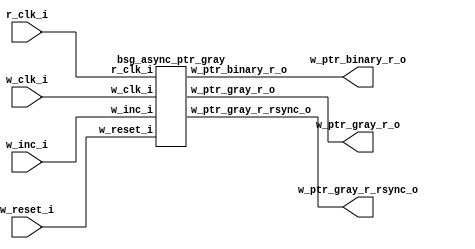
// This program was cloned from: https://github.com/chipsalliance/UHDM-integration-tests
// License: Apache License 2.0



module top
(
  w_clk_i,
  w_reset_i,
  w_inc_i,
  r_clk_i,
  w_ptr_binary_r_o,
  w_ptr_gray_r_o,
  w_ptr_gray_r_rsync_o
);

  output [4:0] w_ptr_binary_r_o;
  output [4:0] w_ptr_gray_r_o;
  output [4:0] w_ptr_gray_r_rsync_o;
  input w_clk_i;
  input w_reset_i;
  input w_inc_i;
  input r_clk_i;

  bsg_async_ptr_gray
  wrapper
  (
    .w_ptr_binary_r_o(w_ptr_binary_r_o),
    .w_ptr_gray_r_o(w_ptr_gray_r_o),
    .w_ptr_gray_r_rsync_o(w_ptr_gray_r_rsync_o),
    .w_clk_i(w_clk_i),
    .w_reset_i(w_reset_i),
    .w_inc_i(w_inc_i),
    .r_clk_i(r_clk_i)
  );


endmodule



module bsg_launch_sync_sync_posedge_5_unit
(
  iclk_i,
  iclk_reset_i,
  oclk_i,
  iclk_data_i,
  iclk_data_o,
  oclk_data_o
);

  input [4:0] iclk_data_i;
  output [4:0] iclk_data_o;
  output [4:0] oclk_data_o;
  input iclk_i;
  input iclk_reset_i;
  input oclk_i;
  wire [4:0] iclk_data_o,oclk_data_o,bsg_SYNC_1_r;
  reg iclk_data_o_4_sv2v_reg,iclk_data_o_3_sv2v_reg,iclk_data_o_2_sv2v_reg,
  iclk_data_o_1_sv2v_reg,iclk_data_o_0_sv2v_reg,bsg_SYNC_1_r_4_sv2v_reg,
  bsg_SYNC_1_r_3_sv2v_reg,bsg_SYNC_1_r_2_sv2v_reg,bsg_SYNC_1_r_1_sv2v_reg,bsg_SYNC_1_r_0_sv2v_reg,
  oclk_data_o_4_sv2v_reg,oclk_data_o_3_sv2v_reg,oclk_data_o_2_sv2v_reg,
  oclk_data_o_1_sv2v_reg,oclk_data_o_0_sv2v_reg;
  assign iclk_data_o[4] = iclk_data_o_4_sv2v_reg;
  assign iclk_data_o[3] = iclk_data_o_3_sv2v_reg;
  assign iclk_data_o[2] = iclk_data_o_2_sv2v_reg;
  assign iclk_data_o[1] = iclk_data_o_1_sv2v_reg;
  assign iclk_data_o[0] = iclk_data_o_0_sv2v_reg;
  assign bsg_SYNC_1_r[4] = bsg_SYNC_1_r_4_sv2v_reg;
  assign bsg_SYNC_1_r[3] = bsg_SYNC_1_r_3_sv2v_reg;
  assign bsg_SYNC_1_r[2] = bsg_SYNC_1_r_2_sv2v_reg;
  assign bsg_SYNC_1_r[1] = bsg_SYNC_1_r_1_sv2v_reg;
  assign bsg_SYNC_1_r[0] = bsg_SYNC_1_r_0_sv2v_reg;
  assign oclk_data_o[4] = oclk_data_o_4_sv2v_reg;
  assign oclk_data_o[3] = oclk_data_o_3_sv2v_reg;
  assign oclk_data_o[2] = oclk_data_o_2_sv2v_reg;
  assign oclk_data_o[1] = oclk_data_o_1_sv2v_reg;
  assign oclk_data_o[0] = oclk_data_o_0_sv2v_reg;

  always @(posedge iclk_i) begin
    if(iclk_reset_i) begin
      iclk_data_o_4_sv2v_reg <= 1'b0;
      iclk_data_o_3_sv2v_reg <= 1'b0;
      iclk_data_o_2_sv2v_reg <= 1'b0;
      iclk_data_o_1_sv2v_reg <= 1'b0;
      iclk_data_o_0_sv2v_reg <= 1'b0;
    end else if(1'b1) begin
      iclk_data_o_4_sv2v_reg <= iclk_data_i[4];
      iclk_data_o_3_sv2v_reg <= iclk_data_i[3];
      iclk_data_o_2_sv2v_reg <= iclk_data_i[2];
      iclk_data_o_1_sv2v_reg <= iclk_data_i[1];
      iclk_data_o_0_sv2v_reg <= iclk_data_i[0];
    end 
  end


  always @(posedge oclk_i) begin
    if(1'b1) begin
      bsg_SYNC_1_r_4_sv2v_reg <= iclk_data_o[4];
      bsg_SYNC_1_r_3_sv2v_reg <= iclk_data_o[3];
      bsg_SYNC_1_r_2_sv2v_reg <= iclk_data_o[2];
      bsg_SYNC_1_r_1_sv2v_reg <= iclk_data_o[1];
      bsg_SYNC_1_r_0_sv2v_reg <= iclk_data_o[0];
      oclk_data_o_4_sv2v_reg <= bsg_SYNC_1_r[4];
      oclk_data_o_3_sv2v_reg <= bsg_SYNC_1_r[3];
      oclk_data_o_2_sv2v_reg <= bsg_SYNC_1_r[2];
      oclk_data_o_1_sv2v_reg <= bsg_SYNC_1_r[1];
      oclk_data_o_0_sv2v_reg <= bsg_SYNC_1_r[0];
    end 
  end


endmodule



module bsg_launch_sync_sync_width_p5_use_negedge_for_launch_p0_use_async_reset_p0
(
  iclk_i,
  iclk_reset_i,
  oclk_i,
  iclk_data_i,
  iclk_data_o,
  oclk_data_o
);

  input [4:0] iclk_data_i;
  output [4:0] iclk_data_o;
  output [4:0] oclk_data_o;
  input iclk_i;
  input iclk_reset_i;
  input oclk_i;
  wire [4:0] iclk_data_o,oclk_data_o;

  bsg_launch_sync_sync_posedge_5_unit
  \sync.p.z.blss 
  (
    .iclk_i(iclk_i),
    .iclk_reset_i(iclk_reset_i),
    .oclk_i(oclk_i),
    .iclk_data_i(iclk_data_i),
    .iclk_data_o(iclk_data_o),
    .oclk_data_o(oclk_data_o)
  );


endmodule



module bsg_async_ptr_gray
(
  w_clk_i,
  w_reset_i,
  w_inc_i,
  r_clk_i,
  w_ptr_binary_r_o,
  w_ptr_gray_r_o,
  w_ptr_gray_r_rsync_o
);

  output [4:0] w_ptr_binary_r_o;
  output [4:0] w_ptr_gray_r_o;
  output [4:0] w_ptr_gray_r_rsync_o;
  input w_clk_i;
  input w_reset_i;
  input w_inc_i;
  input r_clk_i;
  wire [4:0] w_ptr_binary_r_o,w_ptr_gray_r_o,w_ptr_gray_r_rsync_o,w_ptr_p1_r,w_ptr_p2,
  w_ptr_gray_n;
  wire N0,N1,N2,N3,N4,N5,N6;
  reg w_ptr_p1_r_4_sv2v_reg,w_ptr_p1_r_3_sv2v_reg,w_ptr_p1_r_2_sv2v_reg,
  w_ptr_p1_r_1_sv2v_reg,w_ptr_p1_r_0_sv2v_reg,w_ptr_binary_r_o_4_sv2v_reg,
  w_ptr_binary_r_o_3_sv2v_reg,w_ptr_binary_r_o_2_sv2v_reg,w_ptr_binary_r_o_1_sv2v_reg,
  w_ptr_binary_r_o_0_sv2v_reg;
  assign w_ptr_p1_r[4] = w_ptr_p1_r_4_sv2v_reg;
  assign w_ptr_p1_r[3] = w_ptr_p1_r_3_sv2v_reg;
  assign w_ptr_p1_r[2] = w_ptr_p1_r_2_sv2v_reg;
  assign w_ptr_p1_r[1] = w_ptr_p1_r_1_sv2v_reg;
  assign w_ptr_p1_r[0] = w_ptr_p1_r_0_sv2v_reg;
  assign w_ptr_binary_r_o[4] = w_ptr_binary_r_o_4_sv2v_reg;
  assign w_ptr_binary_r_o[3] = w_ptr_binary_r_o_3_sv2v_reg;
  assign w_ptr_binary_r_o[2] = w_ptr_binary_r_o_2_sv2v_reg;
  assign w_ptr_binary_r_o[1] = w_ptr_binary_r_o_1_sv2v_reg;
  assign w_ptr_binary_r_o[0] = w_ptr_binary_r_o_0_sv2v_reg;

  bsg_launch_sync_sync_width_p5_use_negedge_for_launch_p0_use_async_reset_p0
  ptr_sync
  (
    .iclk_i(w_clk_i),
    .iclk_reset_i(w_reset_i),
    .oclk_i(r_clk_i),
    .iclk_data_i(w_ptr_gray_n),
    .iclk_data_o(w_ptr_gray_r_o),
    .oclk_data_o(w_ptr_gray_r_rsync_o)
  );

  assign w_ptr_p2 = w_ptr_p1_r + 1'b1;
  assign w_ptr_gray_n = (N0)? { w_ptr_p1_r[4:4], N3, N4, N5, N6 } : 
                        (N1)? w_ptr_gray_r_o : 1'b0;
  assign N0 = w_inc_i;
  assign N1 = N2;
  assign N2 = ~w_inc_i;
  assign N3 = w_ptr_p1_r[4] ^ w_ptr_p1_r[3];
  assign N4 = w_ptr_p1_r[3] ^ w_ptr_p1_r[2];
  assign N5 = w_ptr_p1_r[2] ^ w_ptr_p1_r[1];
  assign N6 = w_ptr_p1_r[1] ^ w_ptr_p1_r[0];

  always @(posedge w_clk_i) begin
    if(w_reset_i) begin
      w_ptr_p1_r_4_sv2v_reg <= 1'b0;
      w_ptr_p1_r_3_sv2v_reg <= 1'b0;
      w_ptr_p1_r_2_sv2v_reg <= 1'b0;
      w_ptr_p1_r_1_sv2v_reg <= 1'b0;
      w_ptr_p1_r_0_sv2v_reg <= 1'b1;
      w_ptr_binary_r_o_4_sv2v_reg <= 1'b0;
      w_ptr_binary_r_o_3_sv2v_reg <= 1'b0;
      w_ptr_binary_r_o_2_sv2v_reg <= 1'b0;
      w_ptr_binary_r_o_1_sv2v_reg <= 1'b0;
      w_ptr_binary_r_o_0_sv2v_reg <= 1'b0;
    end else if(w_inc_i) begin
      w_ptr_p1_r_4_sv2v_reg <= w_ptr_p2[4];
      w_ptr_p1_r_3_sv2v_reg <= w_ptr_p2[3];
      w_ptr_p1_r_2_sv2v_reg <= w_ptr_p2[2];
      w_ptr_p1_r_1_sv2v_reg <= w_ptr_p2[1];
      w_ptr_p1_r_0_sv2v_reg <= w_ptr_p2[0];
      w_ptr_binary_r_o_4_sv2v_reg <= w_ptr_p1_r[4];
      w_ptr_binary_r_o_3_sv2v_reg <= w_ptr_p1_r[3];
      w_ptr_binary_r_o_2_sv2v_reg <= w_ptr_p1_r[2];
      w_ptr_binary_r_o_1_sv2v_reg <= w_ptr_p1_r[1];
      w_ptr_binary_r_o_0_sv2v_reg <= w_ptr_p1_r[0];
    end 
  end


endmodule